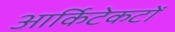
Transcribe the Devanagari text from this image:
आर्किटेकटों